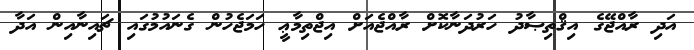
އަދި ރާއްޖޭގެ އިޤްތިޞާދު ހަރުދަނާކޮށް ރާއްޖެއަށް އިޖްތިމާޢީ ހަމަޖެހުން ގެނައުމުގައި ޗައިނާއިން އަދާ